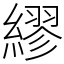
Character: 繆